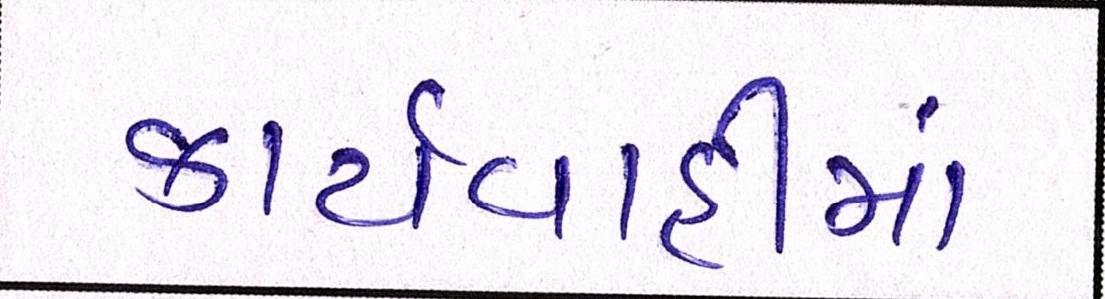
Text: કાર્યવાહીમાં